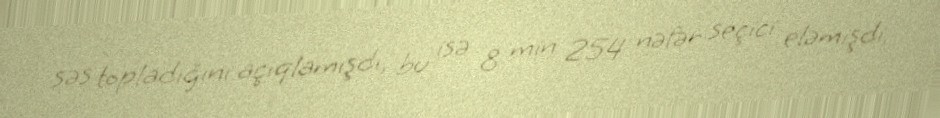
səs topladığını açıqlamışdı, bu isə 8 min 254 nəfər seçici eləmişdi.